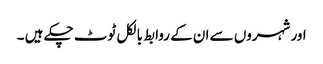
اور شہروں سے ان کے روابط بالکل ٹوٹ چکے ہیں ۔